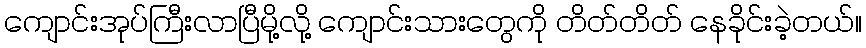
ကျောင်းအုပ်ကြီးလာပြီမို့လို့ ကျောင်းသားတွေကို တိတ်တိတ် နေခိုင်းခဲ့တယ်။